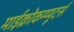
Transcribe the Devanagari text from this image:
माईक्रोकम्प्यूटर्स